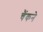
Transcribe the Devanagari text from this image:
चैंकने